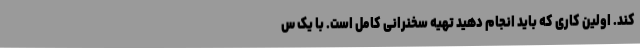
کند. اولین کاری که باید انجام دهید تهیه سخنرانی کامل است. با یک س